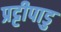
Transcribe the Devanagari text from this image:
प्रट्टीपाडु